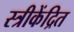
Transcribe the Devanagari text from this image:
स्त्रीकेंद्रित